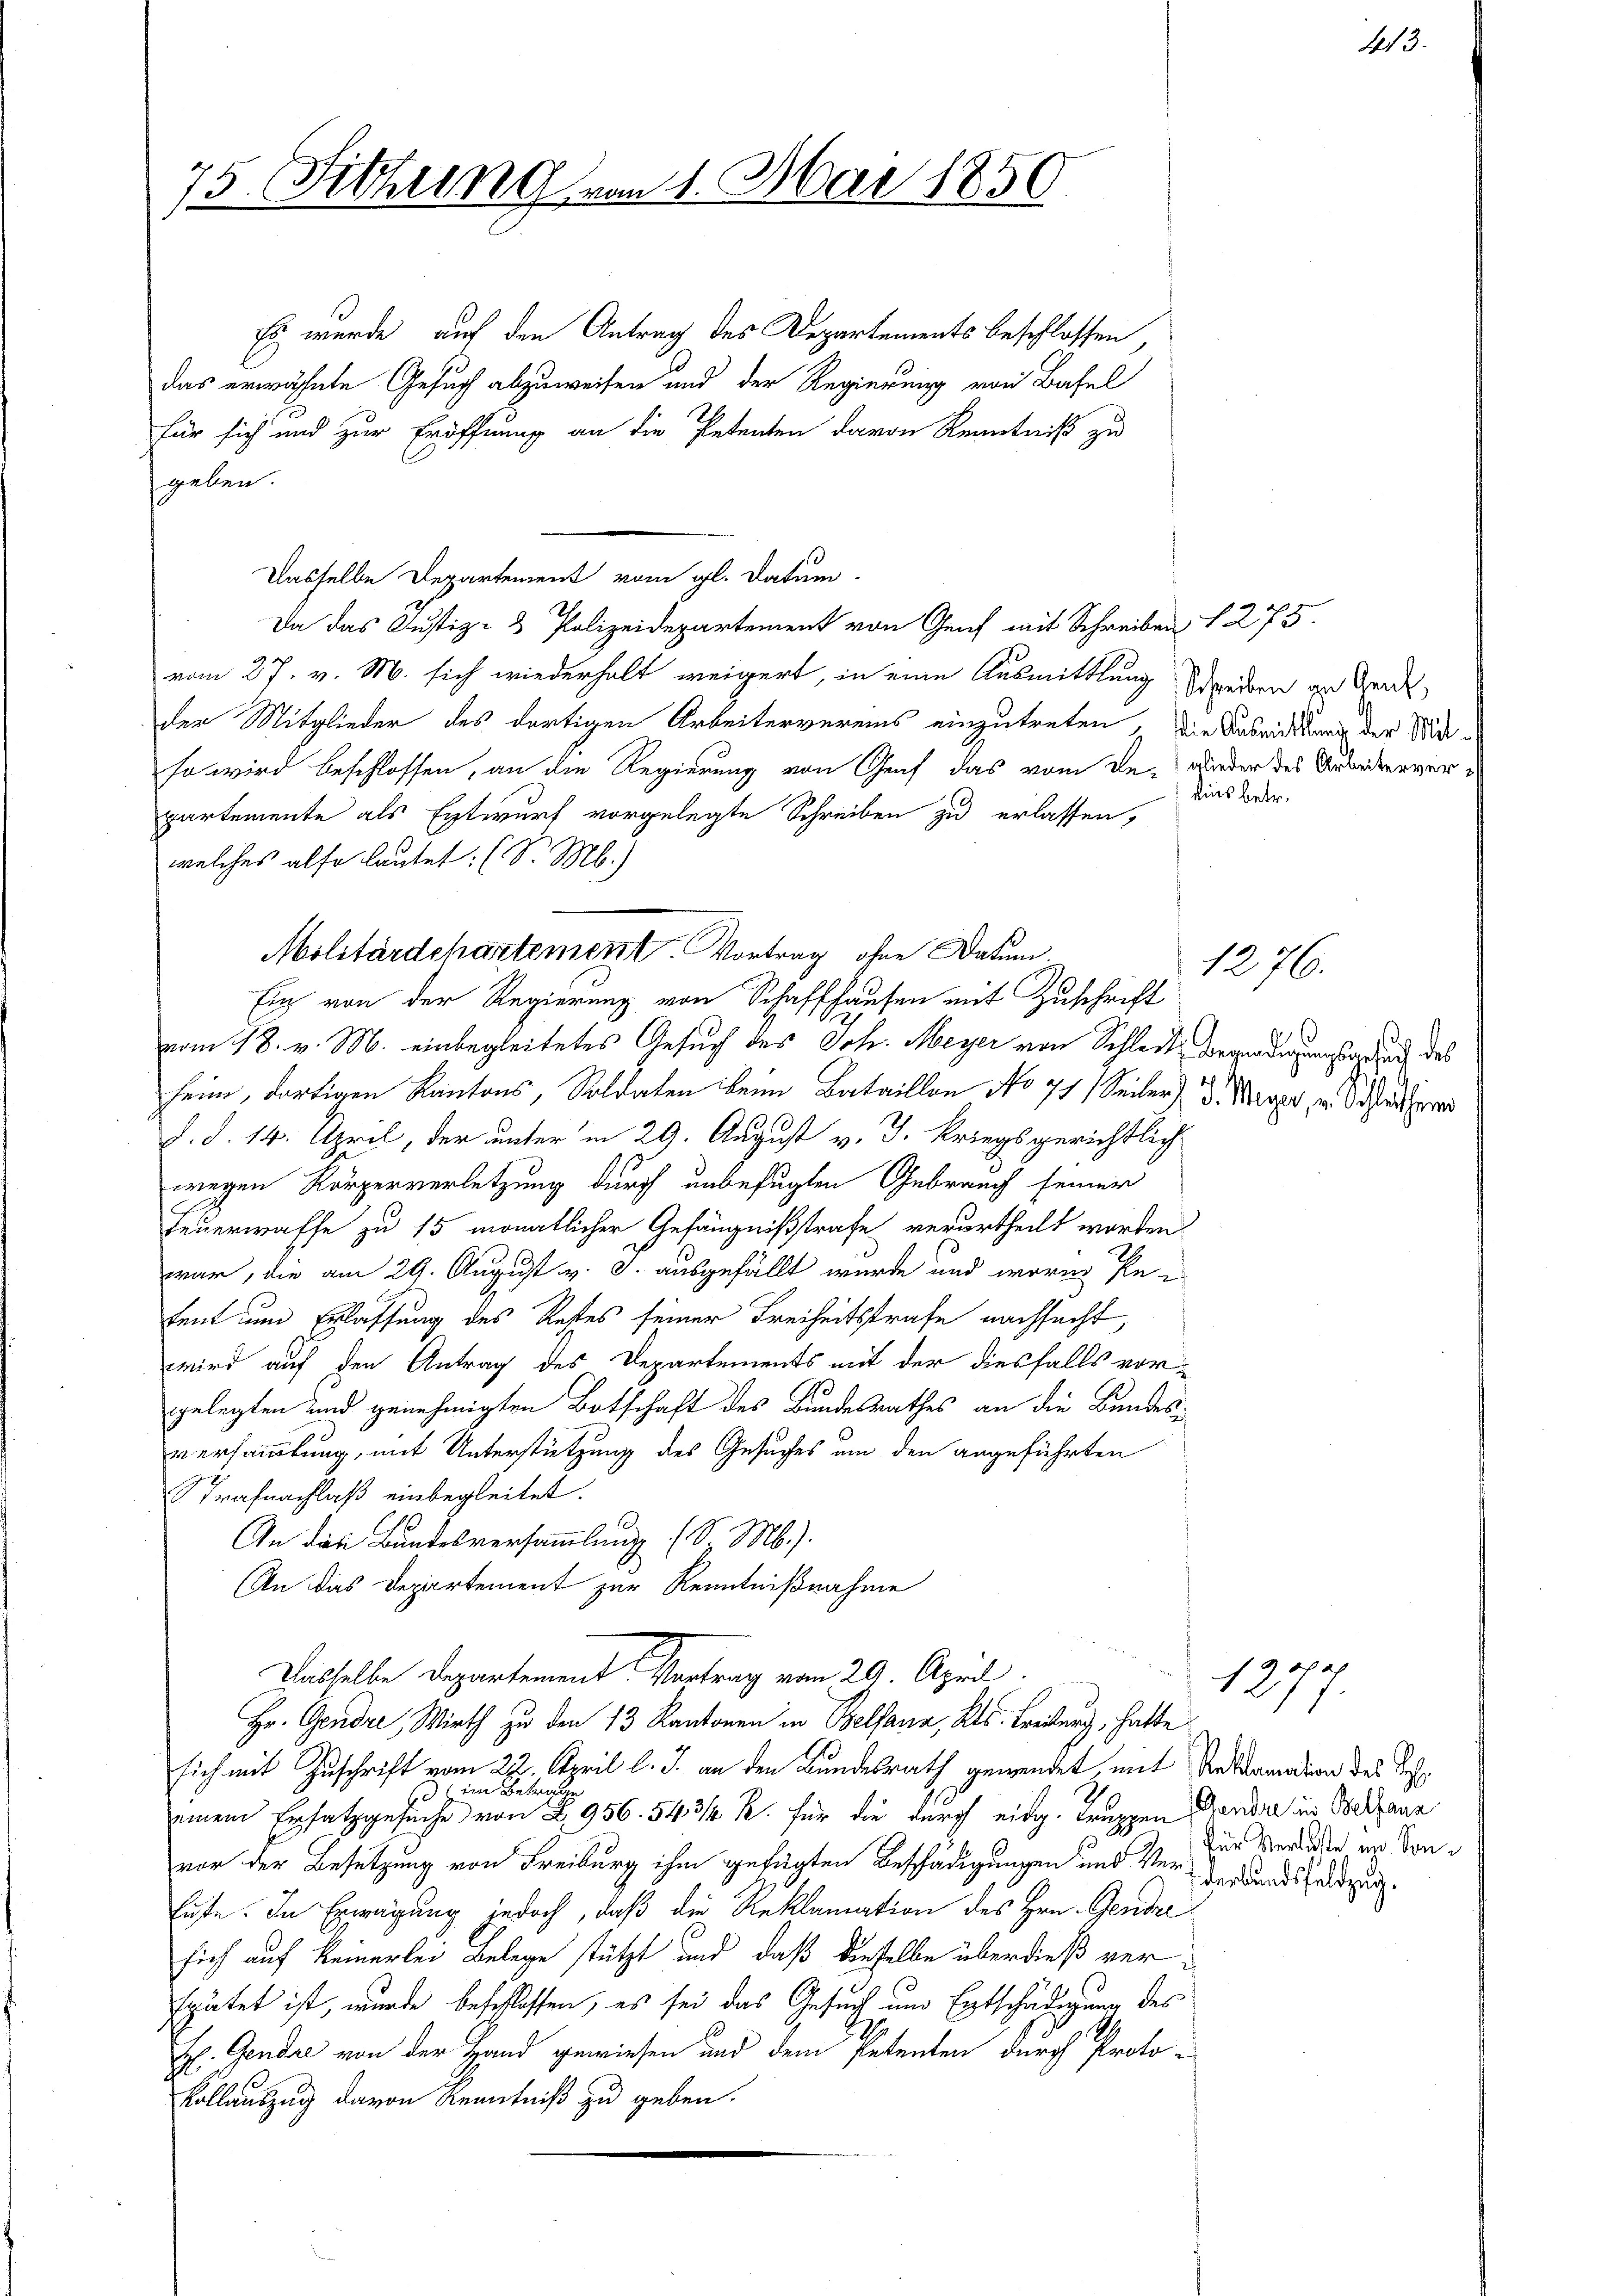
75. Fettung von 1. Mai 1850.

Es wurde auf den Antrag des Departements beschlossen,
das erwähnte Gesuch abzuweisen und der Regierung von Basel
für sich und zur Eröffnung an die Petenten davon Kenntniß zu
geben.
Dasselbe Departement vom gl. Datum.
Da das Justiz- & Polizeidepartement von Genf mit Schreiben § 275.
vom 27. v. M. sich wiederholt weigert, in eine Ausmittlung streiben zu Garde,
der Mitglieder des dortigen Arbeitervereins einzutreten, die Ausricklung der Widso wird beschlossen, an die Regierung von Genf das vom De- wieder des Arbeitenverpartemente als Entwurf vorgelegte Schreiben zu erlassen,
welches also lautet: (S. Mb.)
vom 18. v. M. einbegleitetes Gesuch des Joh. Meyer von Schloß, begnadigungstag und des
heim, dortigen Kantons, Soldaten kein Bataillon No 77 (Seiter) d. Merz, u. Schr
d. d. 14. April, der unter in 29. August v. J. Kriegsgerichtlich
wegen Körperverletzung durch unbefugten Gebrauch seiner
Feuerwaffe zu 15 monatlicher Gefängnißstrafe verurtheilt worden.
war, die am 29. August v. J. ausgefällt wurde und worin Retent um Erlassung des Restes seiner Freiheitsstrafe nachsucht,
wird auf den Antrag des Departements mit der diesfalls vorgelegten und genehmigten Botschaft des Bundesrathes an die Bundesversammlung, mit Unterstützung des Gesuches um den angeführten
Strafnachlaß einbegleitet.
An das Bundesversammlung (d. M.).
An das Departement zur Kenntnißnahme
Dasselbe Departement Vortrag vom 29. April.
Hr. Gendre, Wirth zu den 13 Kantonen in Belsana, Kts. Freiburg, hatte
sich mit Zuschrift vom 22. April l. J. an den Bundesrath gewendet, mit Antramation des Restd im Betrage
einem Ersatz gesuche von § 956. 54 3/4 R. für die durch eidg. Truppen Hander in Weltanz
vor der Besetzung von Freiburg ihm gefügten Beschädigungen und Ver-Verlandsfeldzug.
füste. In Erwägung jedoch, daß die Reklamation des Hrn. Gendar
sich auf keinerlei Belege stützt und daß dieselbe überdieß verspätet ist, wurde beschlossen, es sei das Gesuch und Entschädigung des
H. Gendre von der Hand gewiesen und dem Petenten durch Proto-
Kollauszug davon Kenntniß zu geben.

Militärdepartement. Vortrag ohne Datum.
Ein von der Regierung von Schaffhausen mit Zuschrift

lins betr.

413.

1276.

für Verlasse in Son¬

127
d